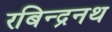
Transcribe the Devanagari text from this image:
रबिन्द्रनथ